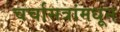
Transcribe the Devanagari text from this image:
चर्चासत्रांमधून